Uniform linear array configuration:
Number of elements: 64
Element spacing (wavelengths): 0.75
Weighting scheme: hamming
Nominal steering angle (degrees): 45
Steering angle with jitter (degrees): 46.118
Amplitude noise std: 0.05
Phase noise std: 0.05

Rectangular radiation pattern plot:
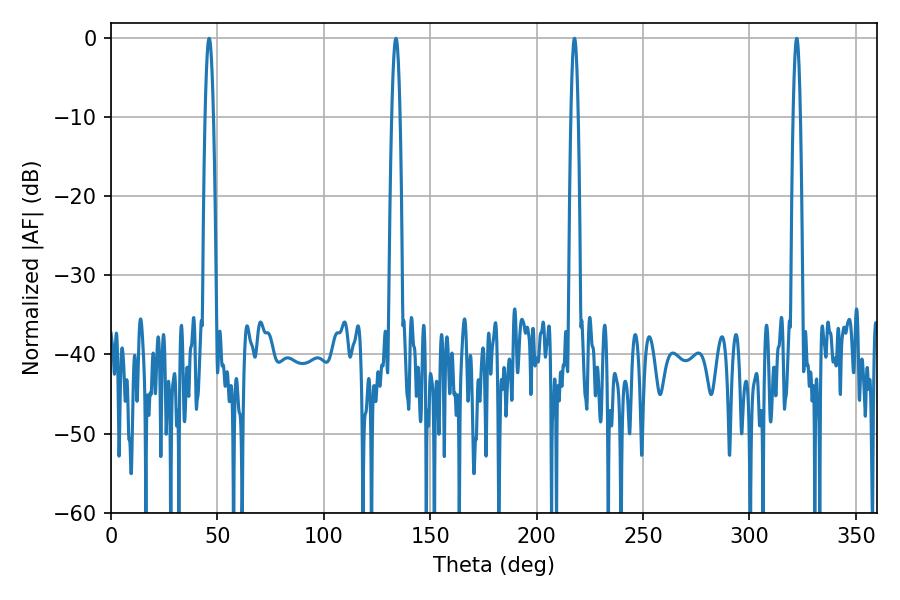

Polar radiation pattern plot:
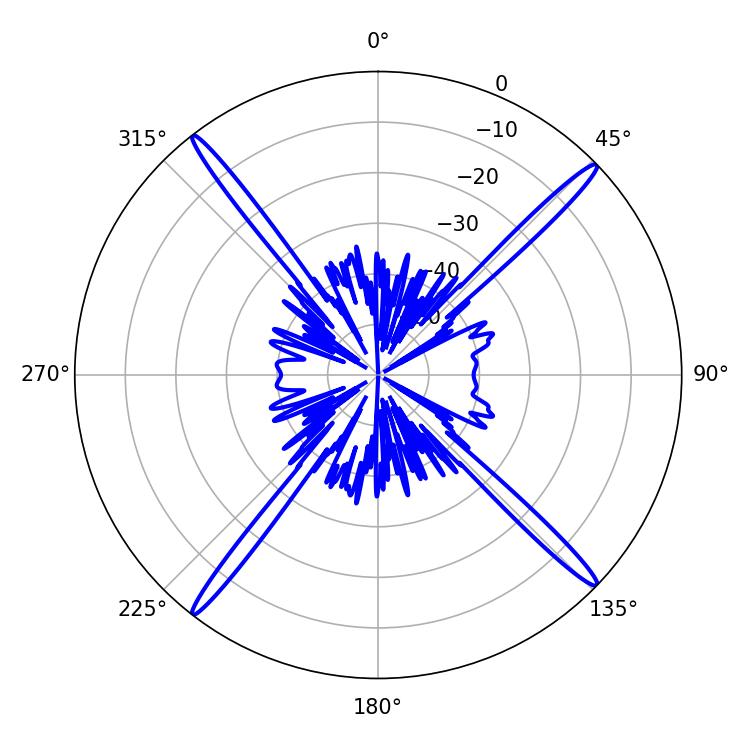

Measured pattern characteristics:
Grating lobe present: TRUE
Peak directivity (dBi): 21.198
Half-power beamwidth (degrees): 1.8
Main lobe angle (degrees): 322.2